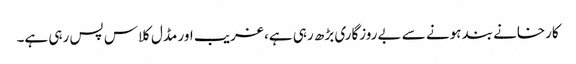
کارخانے بند ہونے سے بےروزگاری بڑھ رہی ہے، غریب اور مڈل کلاس پس رہی ہے۔